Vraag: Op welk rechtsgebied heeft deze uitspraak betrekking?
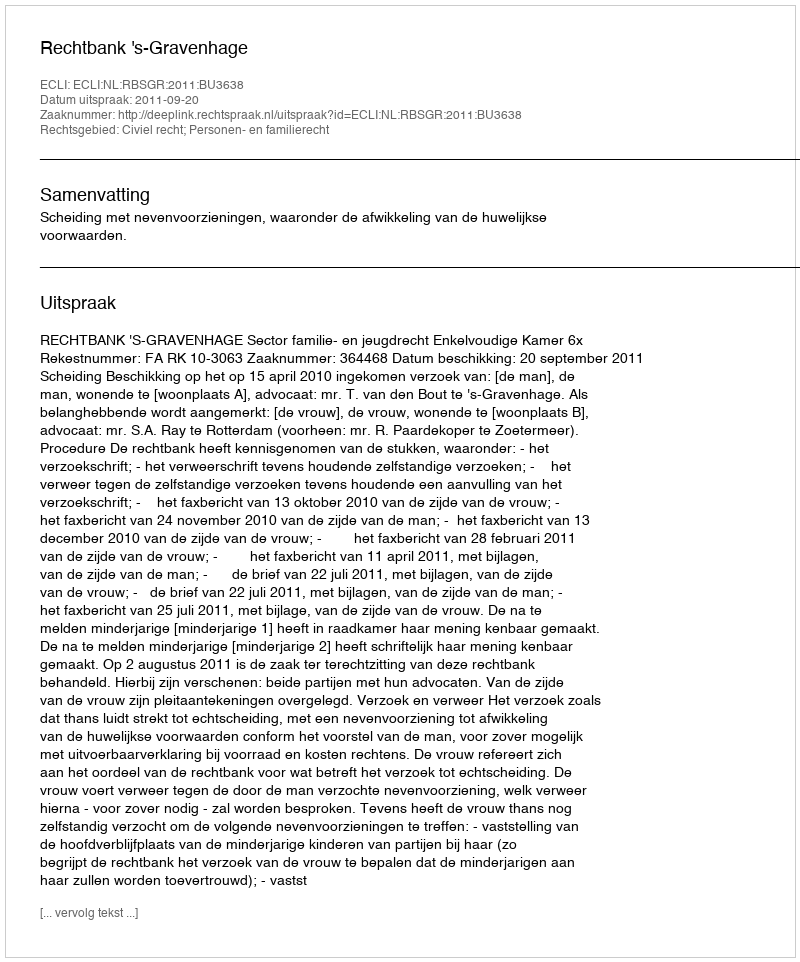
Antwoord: Civiel recht; Personen- en familierecht